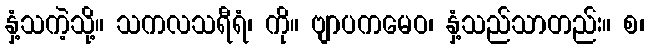
နှံ့သကဲ့သို့။ သကလသရီရံ၊ ကို။ ဗျာပကမေဝ၊ နှံ့သည်သာတည်း။ စ၊